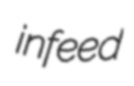
infeed